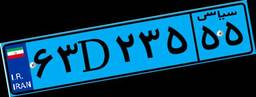
۵۳D۹۰۶۸۷